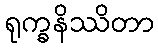
ရုက္ခနိဿိတာ